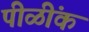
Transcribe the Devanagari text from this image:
पीळींक